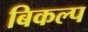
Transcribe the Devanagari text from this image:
बिकल्प